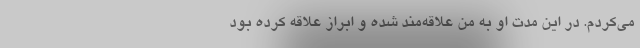
می‌کردم. در این مدت او به من علاقه‌مند شده و ابراز علاقه کرده بود